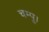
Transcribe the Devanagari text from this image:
चम्पू।